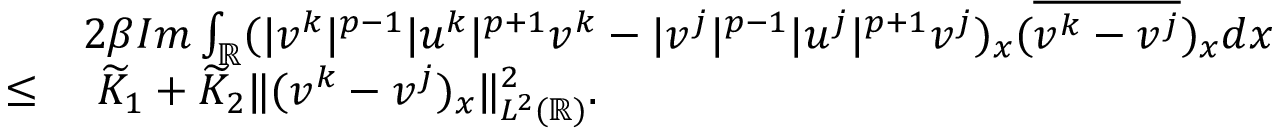
\begin{array} { r l } & { 2 \beta I m \int _ { \mathbb { R } } ( | v ^ { k } | ^ { p - 1 } | u ^ { k } | ^ { p + 1 } v ^ { k } - | v ^ { j } | ^ { p - 1 } | u ^ { j } | ^ { p + 1 } v ^ { j } ) _ { x } ( \overline { { v ^ { k } - v ^ { j } } } ) _ { x } d x } \\ { \leq } & { \ \widetilde { K } _ { 1 } + \widetilde { K } _ { 2 } \| ( v ^ { k } - v ^ { j } ) _ { x } \| _ { L ^ { 2 } ( \mathbb { R } ) } ^ { 2 } . } \end{array}